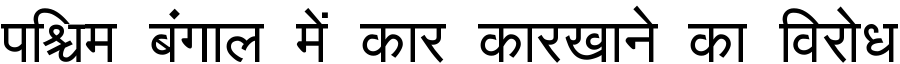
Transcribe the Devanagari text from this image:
पश्चिम बंगाल में कार कारखाने का विरोध